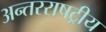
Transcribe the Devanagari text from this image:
अन्तरराषट्रीय